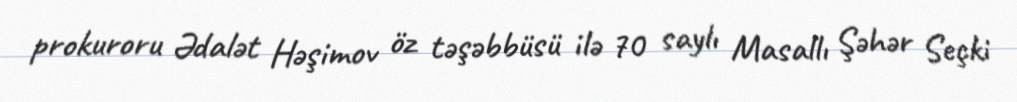
prokuroru Ədalət Həşimov öz təşəbbüsü ilə 70 saylı Masallı Şəhər Seçki